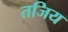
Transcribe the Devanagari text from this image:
तजिय